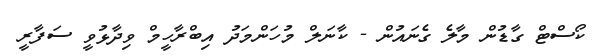
ކޯސްޓް ގާޑުން މާލެ ގެނައުން - ކާނަލް މުހަންމަދު އިބްރާހީމް ވިދާޅުވީ ސަފާރީ